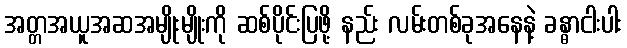
အတ္တအယူအဆအမျိုးမျိုးကို ဆစ်ပိုင်းပြဖို့ နည်း လမ်းတစ်ခုအနေနဲ့ ခန္ဓာငါးပါး